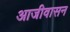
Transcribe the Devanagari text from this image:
आजीवासन